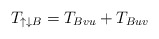
\begin{align*}T_{\uparrow\downarrow B} = T_{Bvu}+T_{Buv}\end{align*}